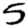
Digit: 5